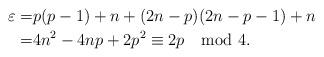
LaTeX: \begin{align*}\varepsilon=&p(p-1)+n+(2n-p)(2n-p-1)+n\\=&4n^2-4np+2p^2\equiv2p \mod 4.\end{align*}